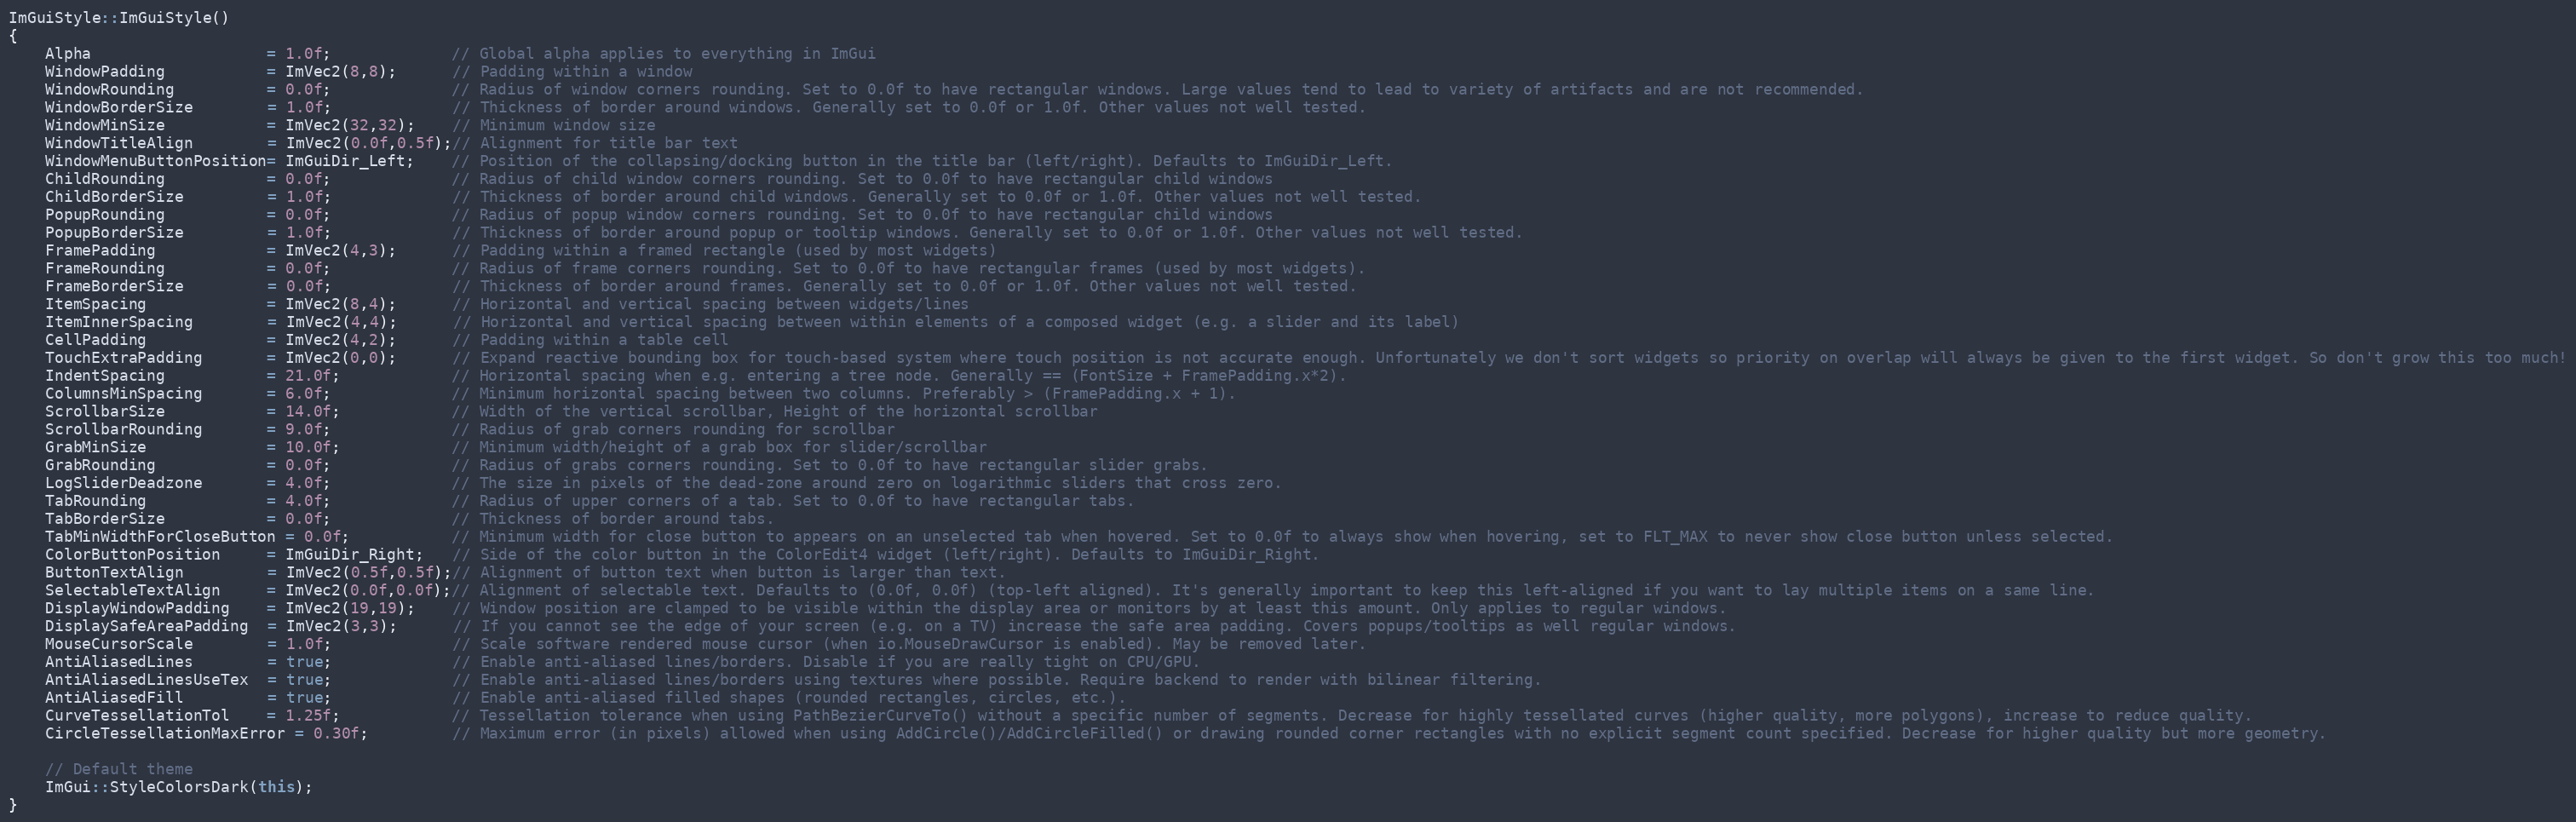
Language: C++
ImGuiStyle::ImGuiStyle()
{
    Alpha                   = 1.0f;             // Global alpha applies to everything in ImGui
    WindowPadding           = ImVec2(8,8);      // Padding within a window
    WindowRounding          = 0.0f;             // Radius of window corners rounding. Set to 0.0f to have rectangular windows. Large values tend to lead to variety of artifacts and are not recommended.
    WindowBorderSize        = 1.0f;             // Thickness of border around windows. Generally set to 0.0f or 1.0f. Other values not well tested.
    WindowMinSize           = ImVec2(32,32);    // Minimum window size
    WindowTitleAlign        = ImVec2(0.0f,0.5f);// Alignment for title bar text
    WindowMenuButtonPosition= ImGuiDir_Left;    // Position of the collapsing/docking button in the title bar (left/right). Defaults to ImGuiDir_Left.
    ChildRounding           = 0.0f;             // Radius of child window corners rounding. Set to 0.0f to have rectangular child windows
    ChildBorderSize         = 1.0f;             // Thickness of border around child windows. Generally set to 0.0f or 1.0f. Other values not well tested.
    PopupRounding           = 0.0f;             // Radius of popup window corners rounding. Set to 0.0f to have rectangular child windows
    PopupBorderSize         = 1.0f;             // Thickness of border around popup or tooltip windows. Generally set to 0.0f or 1.0f. Other values not well tested.
    FramePadding            = ImVec2(4,3);      // Padding within a framed rectangle (used by most widgets)
    FrameRounding           = 0.0f;             // Radius of frame corners rounding. Set to 0.0f to have rectangular frames (used by most widgets).
    FrameBorderSize         = 0.0f;             // Thickness of border around frames. Generally set to 0.0f or 1.0f. Other values not well tested.
    ItemSpacing             = ImVec2(8,4);      // Horizontal and vertical spacing between widgets/lines
    ItemInnerSpacing        = ImVec2(4,4);      // Horizontal and vertical spacing between within elements of a composed widget (e.g. a slider and its label)
    CellPadding             = ImVec2(4,2);      // Padding within a table cell
    TouchExtraPadding       = ImVec2(0,0);      // Expand reactive bounding box for touch-based system where touch position is not accurate enough. Unfortunately we don't sort widgets so priority on overlap will always be given to the first widget. So don't grow this too much!
    IndentSpacing           = 21.0f;            // Horizontal spacing when e.g. entering a tree node. Generally == (FontSize + FramePadding.x*2).
    ColumnsMinSpacing       = 6.0f;             // Minimum horizontal spacing between two columns. Preferably > (FramePadding.x + 1).
    ScrollbarSize           = 14.0f;            // Width of the vertical scrollbar, Height of the horizontal scrollbar
    ScrollbarRounding       = 9.0f;             // Radius of grab corners rounding for scrollbar
    GrabMinSize             = 10.0f;            // Minimum width/height of a grab box for slider/scrollbar
    GrabRounding            = 0.0f;             // Radius of grabs corners rounding. Set to 0.0f to have rectangular slider grabs.
    LogSliderDeadzone       = 4.0f;             // The size in pixels of the dead-zone around zero on logarithmic sliders that cross zero.
    TabRounding             = 4.0f;             // Radius of upper corners of a tab. Set to 0.0f to have rectangular tabs.
    TabBorderSize           = 0.0f;             // Thickness of border around tabs.
    TabMinWidthForCloseButton = 0.0f;           // Minimum width for close button to appears on an unselected tab when hovered. Set to 0.0f to always show when hovering, set to FLT_MAX to never show close button unless selected.
    ColorButtonPosition     = ImGuiDir_Right;   // Side of the color button in the ColorEdit4 widget (left/right). Defaults to ImGuiDir_Right.
    ButtonTextAlign         = ImVec2(0.5f,0.5f);// Alignment of button text when button is larger than text.
    SelectableTextAlign     = ImVec2(0.0f,0.0f);// Alignment of selectable text. Defaults to (0.0f, 0.0f) (top-left aligned). It's generally important to keep this left-aligned if you want to lay multiple items on a same line.
    DisplayWindowPadding    = ImVec2(19,19);    // Window position are clamped to be visible within the display area or monitors by at least this amount. Only applies to regular windows.
    DisplaySafeAreaPadding  = ImVec2(3,3);      // If you cannot see the edge of your screen (e.g. on a TV) increase the safe area padding. Covers popups/tooltips as well regular windows.
    MouseCursorScale        = 1.0f;             // Scale software rendered mouse cursor (when io.MouseDrawCursor is enabled). May be removed later.
    AntiAliasedLines        = true;             // Enable anti-aliased lines/borders. Disable if you are really tight on CPU/GPU.
    AntiAliasedLinesUseTex  = true;             // Enable anti-aliased lines/borders using textures where possible. Require backend to render with bilinear filtering.
    AntiAliasedFill         = true;             // Enable anti-aliased filled shapes (rounded rectangles, circles, etc.).
    CurveTessellationTol    = 1.25f;            // Tessellation tolerance when using PathBezierCurveTo() without a specific number of segments. Decrease for highly tessellated curves (higher quality, more polygons), increase to reduce quality.
    CircleTessellationMaxError = 0.30f;         // Maximum error (in pixels) allowed when using AddCircle()/AddCircleFilled() or drawing rounded corner rectangles with no explicit segment count specified. Decrease for higher quality but more geometry.

    // Default theme
    ImGui::StyleColorsDark(this);
}